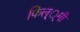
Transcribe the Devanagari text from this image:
फिल््मी